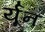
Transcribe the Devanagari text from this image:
र्यून